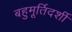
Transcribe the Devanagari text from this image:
बहुमूर्तिदर्शी